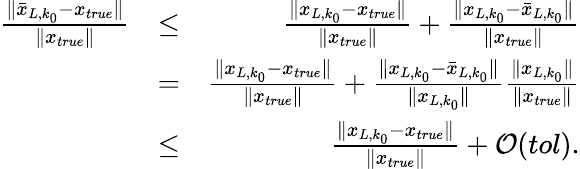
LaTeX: \begin{array}{rlr}{\frac{\| \bar{x}_{L,k_{0}}-x_{true}\| }{\| x_{true}\| }}&{\leq}&{\frac{\| x_{L,k_{0}}-x_{true}\| }{\| x_{true}\| }+\frac{\| x_{L,k_{0}}-\bar{x}_{L,k_{0}}\| }{\| x_{true}\| }}\\ &{=}&{\frac{\| x_{L,k_{0}}-x_{true}\| }{\| x_{true}\| }+\frac{\| x_{L,k_{0}}-\bar{x}_{L,k_{0}}\| }{\| x_{L,k_{0}}\| }\frac{\| x_{L,k_{0}}\| }{\| x_{true}\| }}\\ &{\leq}&{\frac{\| x_{L,k_{0}}-x_{true}\| }{\| x_{true}\| }+{\cal O}(tol).}\end{array}